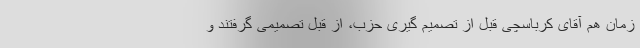
زمان هم آقای کرباسچی قبل از تصمیم گیری حزب، از قبل تصمیمی گرفتند و